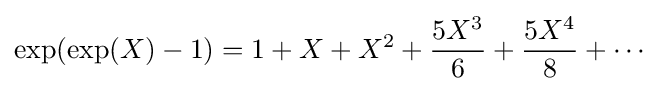
\exp(\exp(X)-1)=1+X+X^{2}+{\frac {5X^{3}}{6}}+{\frac {5X^{4}}{8}}+\cdots